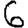
Digit: 6